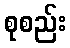
စုစည်း